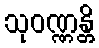
သုဝဏ္ဏန္တိ